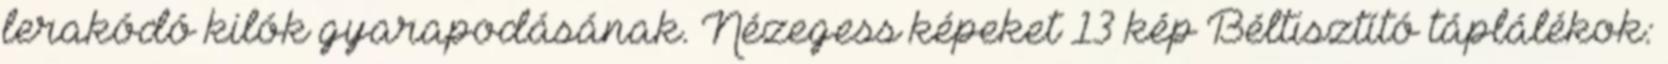
lerakódó kilók gyarapodásának. Nézegess képeket 13 kép Béltisztító táplálékok: